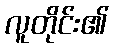
လူတိုင်း၏